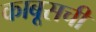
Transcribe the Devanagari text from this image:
काबूसची